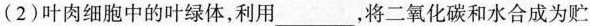
(2)叶肉细胞中的叶绿体，利用__，将二氧化碳和水合成为贮